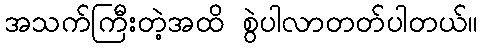
အသက်ကြီးတဲ့အထိ စွဲပါလာတတ်ပါတယ်။